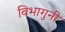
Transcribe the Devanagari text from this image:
विभागुनी